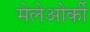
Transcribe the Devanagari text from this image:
मेलेओर्की